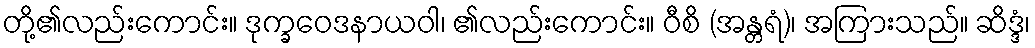
တို့၏လည်းကောင်း။ ဒုက္ခဝေဒနာယဝါ၊ ၏လည်းကောင်း။ ဝီစိ (အန္တရံ)၊ အကြားသည်။ ဆိဒ္ဒံ၊